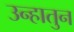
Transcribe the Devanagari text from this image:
उन्हातुन